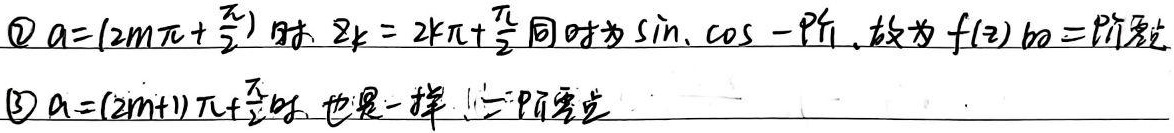
\textcircled{2} $a = (2m\pi+\frac{\pi}{2})$ 时，$z_k = 2k\pi+\frac{\pi}{2}$ 同时为$\sin,\cos$ 一阶，故为 $f(z)$ 的二阶零点
\textcircled{3} $a=(2m + 1)\pi+\frac{\pi}{2}$时，也是一样，二阶零点